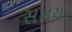
સમયા